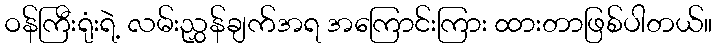
ဝန်ကြီးရုံးရဲ့ လမ်းညွှန်ချက်အရ အကြောင်းကြား ထားတာဖြစ်ပါတယ်။